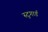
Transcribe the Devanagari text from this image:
स्टुगार्ड